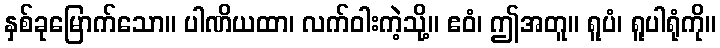
နှစ်ခုမြောက်သော။ ပါဏိယထာ၊ လက်ဝါးကဲ့သို့။ ဧဝံ၊ ဤအတူ။ ရူပံ၊ ရူပါရုံကို။